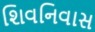
શિવનિવાસ